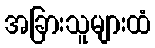
အခြားသူများထံ